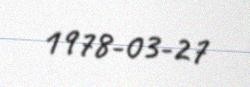
1978-03-27